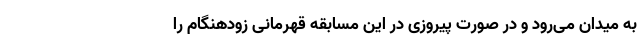
به میدان می‌رود و در صورت پیروزی در این مسابقه قهرمانی زودهنگام را